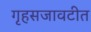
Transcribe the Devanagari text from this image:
गृहसजावटीत